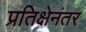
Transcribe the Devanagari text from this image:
प्रतिक्षेनंतर